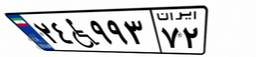
۲۴W۹۹۳۷۲